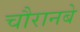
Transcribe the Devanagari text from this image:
चौरानबे